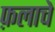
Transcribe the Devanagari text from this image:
फ़लाचे